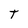
Character: t